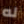
له